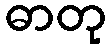
ဓာတု